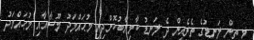
މި ތިން ލަނޑުގެ ތެރެއިން ދެ ލަނޑު ކާމިޔާބުކޮށްދިނީ މުޙައްމަދު މޫސާއާއި މުޙައްމަދު